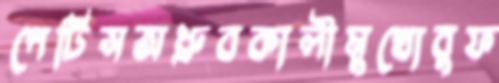
পেটিসঅধ্রুবকালীমুখোবুফ